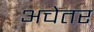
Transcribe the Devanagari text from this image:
अचेतर